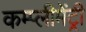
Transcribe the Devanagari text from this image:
कम्प्लीमेंट्री